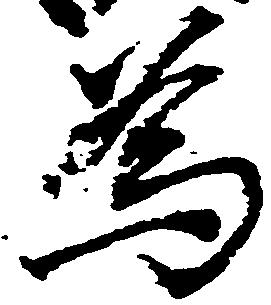
為